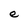
Character: e